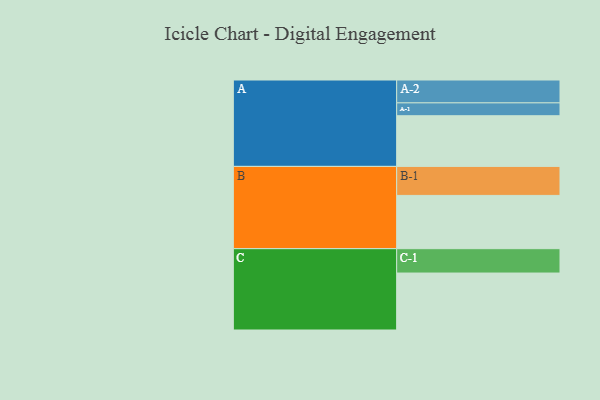
{"axis": {"x": "Segment", "y": "Value"}, "legend": ["", "A", "B", "C"], "data": [{"x": "A", "y": 370, "type": ""}, {"x": "B", "y": 389, "type": ""}, {"x": "C", "y": 416, "type": ""}, {"x": "A-1", "y": 94, "type": "A"}, {"x": "A-2", "y": 167, "type": "A"}, {"x": "B-1", "y": 212, "type": "B"}, {"x": "C-1", "y": 178, "type": "C"}]}